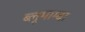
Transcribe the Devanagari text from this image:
ब्लूमाम्बा